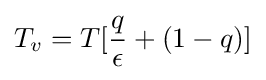
T_{v}=T[{\frac {q}{\epsilon }}+(1-q)]